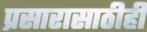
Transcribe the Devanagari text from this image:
प्रसारासाठीही